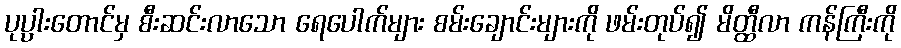
ပုပ္ပားတောင်မှ စီးဆင်းလာသော ရေပေါက်များ စမ်းချောင်းများကို ဖမ်းတုပ်၍ မိတ္ထီလာ ကန်ကြီးကို